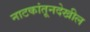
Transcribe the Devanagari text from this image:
नाटकांतूनदेखील